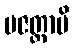
ပဇတ္ထာပိ